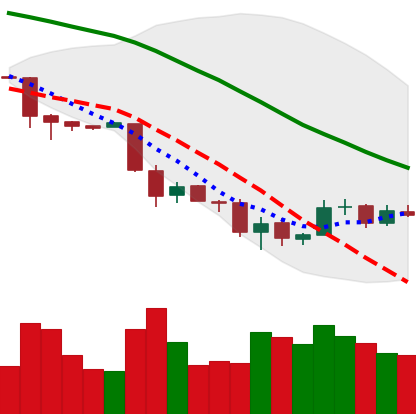
Ticker: BTC-USD
Chart end date: 2018-12-02
Forward return: -17.39%
Label: down_7plus